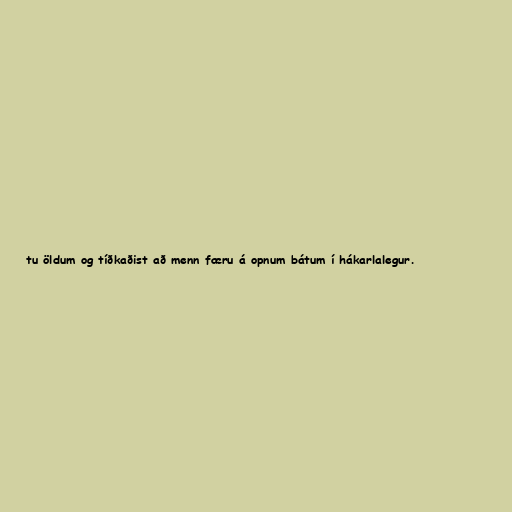
tu öldum og tíðkaðist að menn færu á opnum bátum í hákarlalegur.